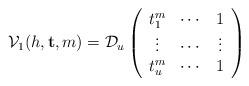
LaTeX: \begin{align*}\mathcal V_{1}(h, \mathbf t, m)=\mathcal D_{u}\left (\begin{array}{ccc} t_1^{m} & \cdots & 1\\\vdots &\cdots & \vdots\\t_{u}^m & \cdots & 1\end{array}\right)\end{align*}